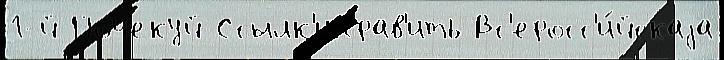
1-й Почекуй Ссылк'иправ'ить Вс'еросс'и́йскаjа